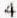
4